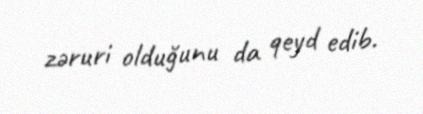
zəruri olduğunu da qeyd edib.